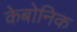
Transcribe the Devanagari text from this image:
केबोनिक